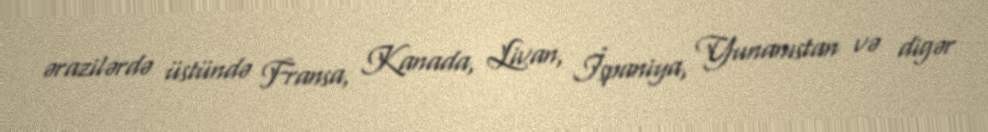
ərazilərdə üstündə Fransa, Kanada, Livan, İspaniya, Yunanıstan və digər